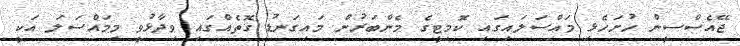
ޖޭއެސްސީން ހުށަހެޅި މައްސަލައިގައި ކޮމިޓީގެ މެންބަރުން މައިގަނޑު ގޮތެއްގައި ވިދާޅުވީ މިމައްސަލަ އަކީ